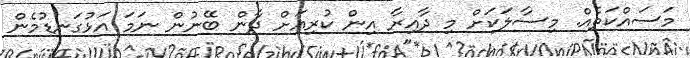
މަސައްކަތެއް. މިސާލަކަށް މި ދާއިރާ އިން ކުރިއަށް ދާން ބޭނުން ނަމަ އަޅުގަނޑުމެން